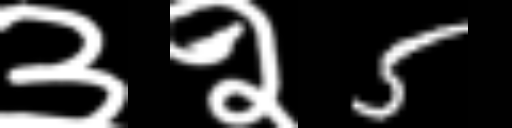
Text: ३२5